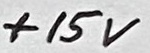
Text: +15V